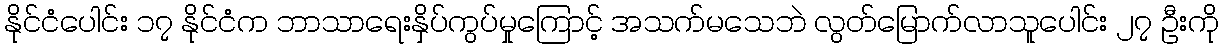
နိုင်ငံပေါင်း ၁၇ နိုင်ငံက ဘာသာရေးနှိပ်ကွပ်မှုကြောင့် အသက်မသေဘဲ လွတ်မြောက်လာသူပေါင်း ၂၇ ဦးကို